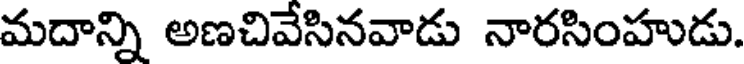
మదాన్ని అణచివేసినవాడు నారసింహుడు.